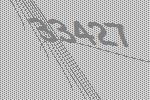
33427